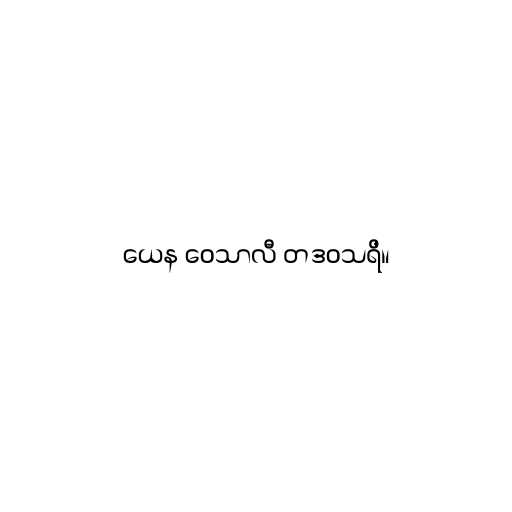
ယေန ဝေသာလီ တဒဝသရိ။